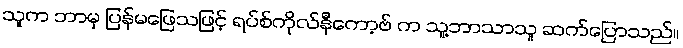
သူက ဘာမှ ပြန်မဖြေသဖြင့် ရပ်စ်ကိုလ်နီကော့ဗ် က သူ့ဘာသာသူ ဆက်ပြောသည်။